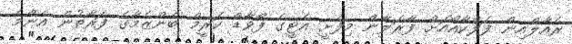
ރެއާލްއިން ފަލްކާއޯއަށް ފާރަލާން މިފެށީ އެޓީގެ ފޯވާޑް ކަރީމް ބެންޒެމާގެ ފަރާތުން އެންމެ